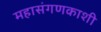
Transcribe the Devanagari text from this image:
महासंगणकाशी